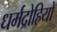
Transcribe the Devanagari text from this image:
धर्मद्रोहियों